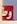
وط